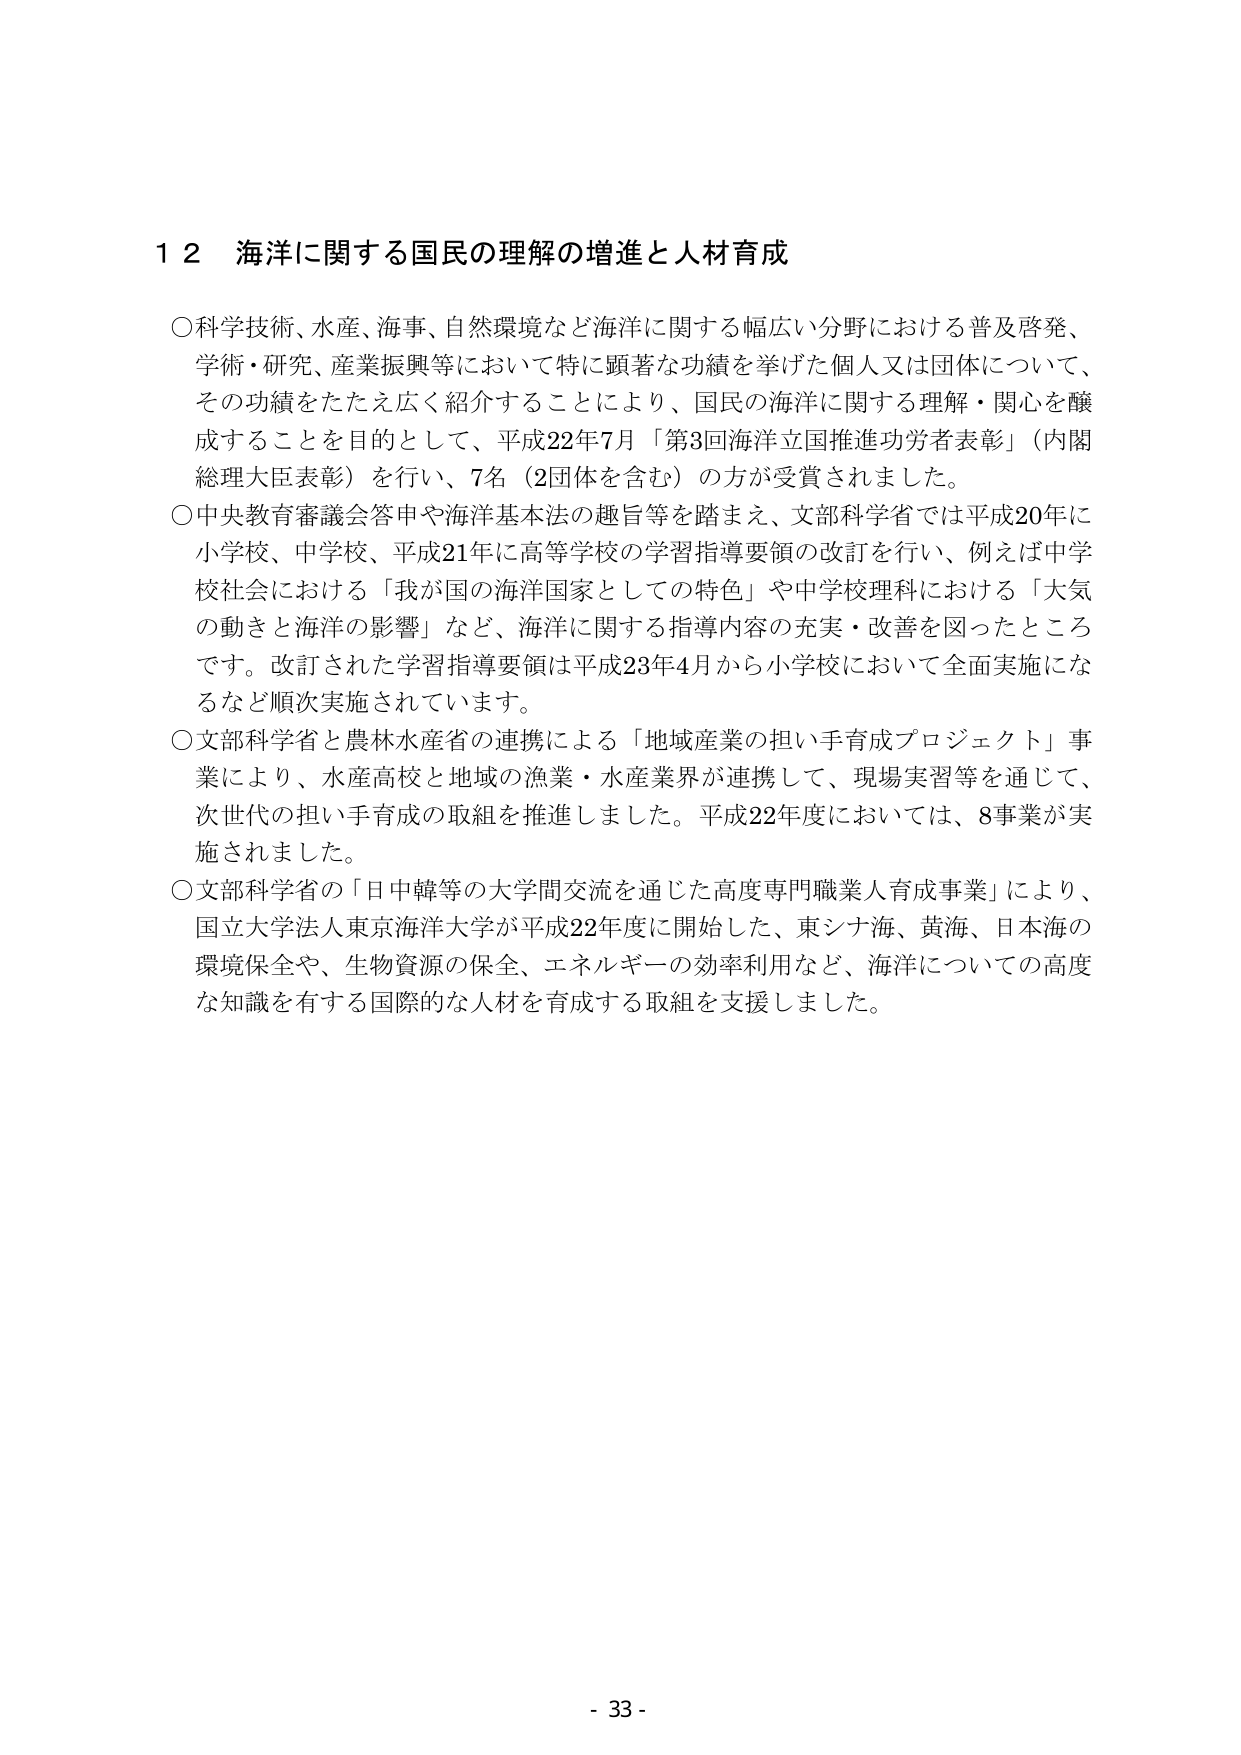
１２ 海洋に関する国民の理解の増進と人材育成

○科学技術、水産、海事、自然環境など海洋に関する幅広い分野における普及啓発、
学術・研究、産業振興等において特に顕著な功績を挙げた個人又は団体について、
その功績をたたえ広く紹介することにより、国民の海洋に関する理解・関心を醸
成することを目的として、平成22年7月「第3回海洋立国推進功労者表彰」（内閣
総理大臣表彰）を行い、7名（2団体を含む）の方が受賞されました。

○中央教育審議会答申や海洋基本法の趣旨等を踏まえ、文部科学省では平成20年に
小学校、中学校、平成21年に高等学校の学習指導要領の改訂を行い、例えば中学校
社会における「我が国の海洋国家としての特色」や中学校理科における「大気
の動きと海洋の影響」など、海洋に関する指導内容の充実・改善を図ったところ
です。改訂された学習指導要領は平成23年4月から小学校において全面実施にな
るなど順次実施されています。

○文部科学省と農林水産省の連携による「地域産業の担い手育成プロジェクト」事
業により、水産高校と地域の漁業・水産業界が連携して、現場実習等を通じて、
次世代の担い手育成の取組を推進しました。平成22年度においては、8事業が実
施されました。

○文部科学省の「日中韓等の大学間交流を通じた高度専門職業人育成事業」により、
国立大学法人東京海洋大学が平成22年度に開始した、東シナ海、黄海、日本海の
環境保全や、生物資源の保全、エネルギーの効率利用など、海洋についての高度
な知識を有する国際的な人材を育成する取組を支援しました。

- 33 -